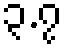
၃.၇